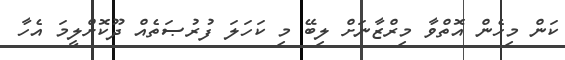
ކަން މިހެން އޮތްވާ މިރްޒާނަށް ލިބޭ މި ކަހަލަ ފުރުޞަތެއް ދޫކޮށްލީމަ އެހާ